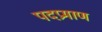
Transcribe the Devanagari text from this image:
पदप्रमाण